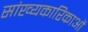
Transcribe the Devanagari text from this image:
सांख्यकारिकाओं